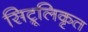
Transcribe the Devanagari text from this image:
सिट्रूलिकृत